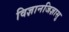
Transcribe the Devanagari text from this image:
विज्ञानजिज्ञासु